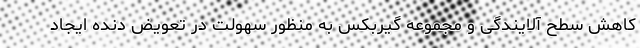
کاهش سطح آلایندگی و مجموعه گیربکس به منظور سهولت در تعویض دنده ایجاد